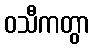
ဝသီကတွာ